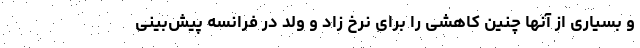
و بسیاری از آنها چنین کاهشی را برای نرخ زاد و ولد در فرانسه پیش‌بینی